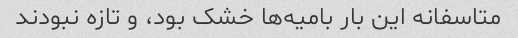
متاسفانه این بار بامیه‌ها خشک بود، و تازه نبودند